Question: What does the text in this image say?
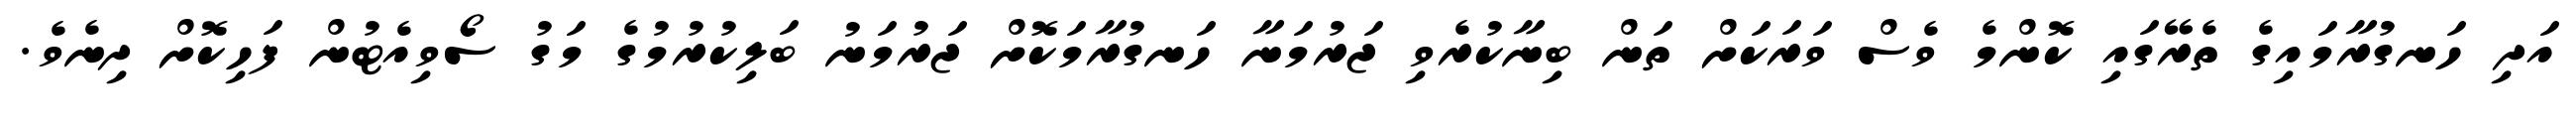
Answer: އަދި ހަނގުރާމައިގެ ތެރޭގައި ކޮންމެ ވެސް ވަރަކަށް ތަން ބިނާކުރެވި ޖަރުމަނާ ހަނގުރާމަކޮށް ޖަރުމަނު ބަލިކުރުމުގެ މަގު ސޯވިއެޓުން ފަހިކޮށް ދިނެވެ.